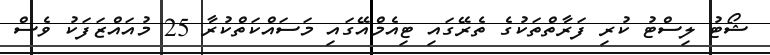
ޝޯޓު ލިސްޓު ކުރި ފަރާތްތަކުގެ ތެރޭގައި ޓިއެމްއޭގައި މަސައްކަތްކުރާ 25 މުއައްޒަފަކު ވެސް